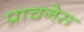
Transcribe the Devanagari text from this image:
प्राचनेस